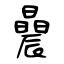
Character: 曟